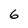
Character: 6